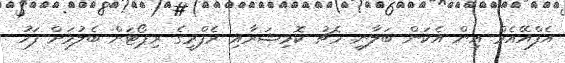
އެފްއޭއެމް އިން އެކަން ބަލާނީ މެޗު ކޮމިޝަރާއި ރެފްރީގެ ރިޕޯޓަށް ބެލުމަށް ފަހު